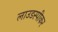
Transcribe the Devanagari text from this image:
लाउडस्‍पीकर